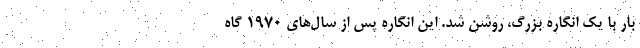
بار با یک انگاره بزرگ، روشن شد. این انگاره پس از سال‌های ۱۹۷۰ گاه